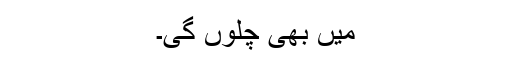
میں بھی چلوں گی۔